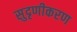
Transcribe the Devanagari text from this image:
सुदृणीकरण